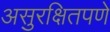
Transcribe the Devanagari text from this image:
असुरक्षितपणे